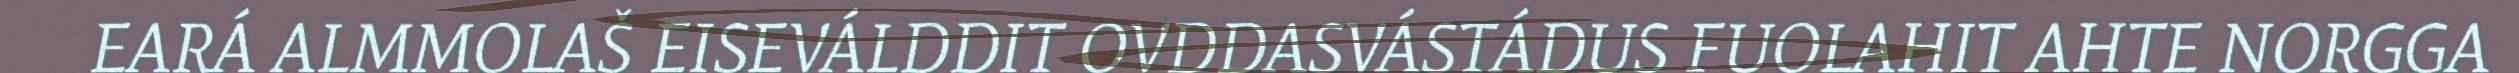
EARÁ ALMMOLAŠ EISEVÁLDDIT OVDDASVÁSTÁDUS FUOLAHIT AHTE NORGGA